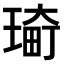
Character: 𤨀